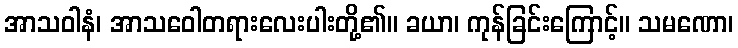
အာသဝါနံ၊ အာသဝေါတရားလေးပါးတို့၏။ ခယာ၊ ကုန်ခြင်းကြောင့်။ သမဏော၊